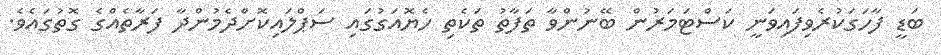
ބަަޑީ ފާހަގަކުރެވިފައިވަނީ ކަސްޓަމަރުން ބޭނުންވާ ތަފާތު ތަކެތި ހެޔޮއަގުގައި ސަޕްލައިކޮށްދެމުންދާ ފަރާތެއްގެ ގޮތުގައެވެ.